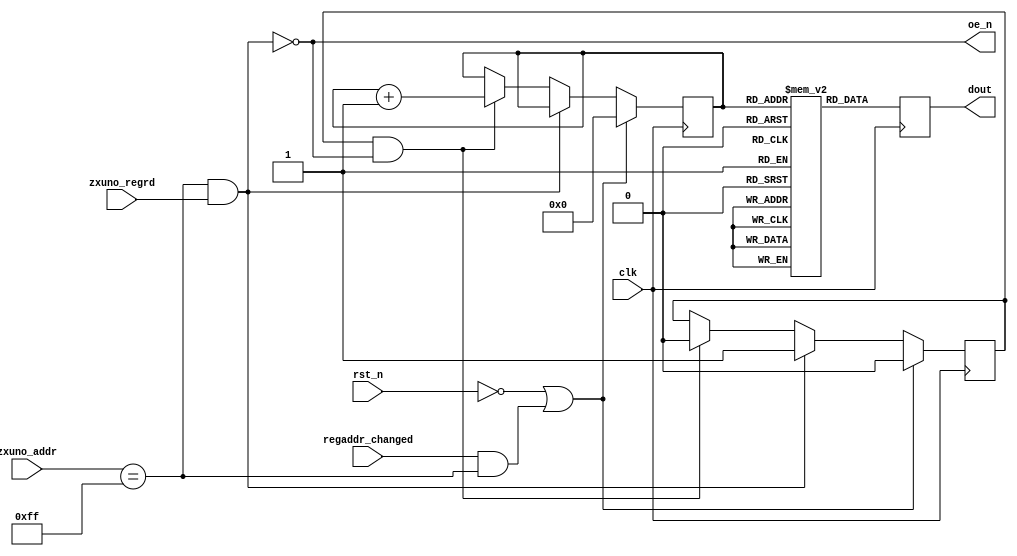
module coreid (
    input wire clk,
    input wire rst_n,
    input wire [7:0] zxuno_addr,
    input wire zxuno_regrd,
    input wire regaddr_changed,
    output reg [7:0] dout,
    output wire oe_n
    );

    reg [7:0] text[0:15];
    integer i;
    initial begin
      for (i=0;i<16;i=i+1)
        text[i] = 8'h00;              
      text[ 0] = "T";
      text[ 1] = "2";
      text[ 2] = "4";
      text[ 3] = "-";
      text[ 4] = "0";
      text[ 5] = "7";
      text[ 6] = "1";
      text[ 7] = "1";
      text[ 8] = "2";
      text[ 9] = "0";
      text[10] = "1";
      text[11] = "6";
    end      
    
    reg [3:0] textindx = 4'h0;
    reg reading = 1'b0;
    assign oe_n = !(zxuno_addr == 8'hFF && zxuno_regrd==1'b1);
    
    always @(posedge clk) begin
        if (rst_n == 1'b0 || (regaddr_changed==1'b1 && zxuno_addr==8'hFF)) begin
            textindx <= 4'h0;
            reading <= 1'b0;
        end
        else if (oe_n==1'b0) begin
            reading <= 1'b1;
        end
        else if (reading == 1'b1 && oe_n==1'b1) begin
            reading <= 1'b0;
            textindx <= textindx + 1;
        end
        dout <= text[textindx];
    end
endmodule